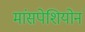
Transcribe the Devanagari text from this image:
मांसपेशियोनं